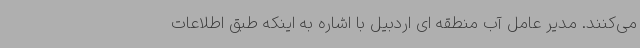
می‌کنند. مدیر عامل آب منطقه ای اردبیل با اشاره به اینکه طبق اطلاعات